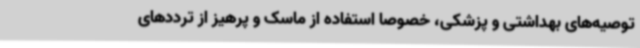
توصیه‌های بهداشتی و پزشکی، خصوصا استفاده از ماسک و پرهیز از ترددهای